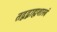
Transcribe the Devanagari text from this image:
तद्वद्बाह्यशास्त्रं